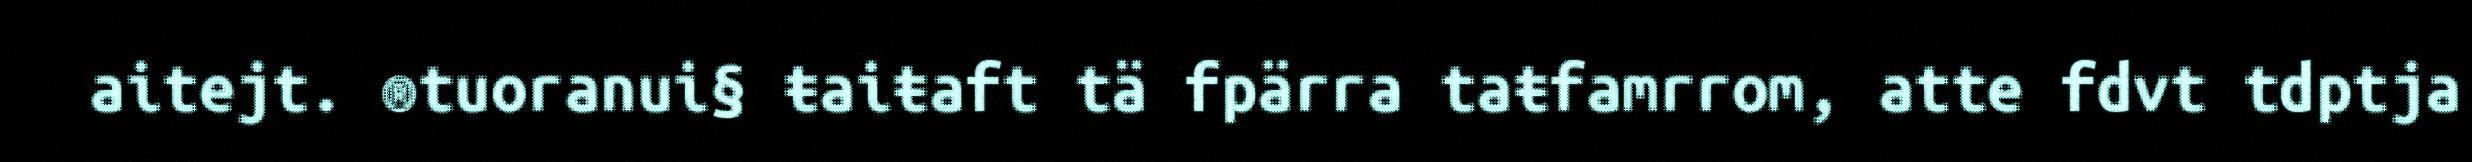
aitejt. ®tuoranui§ ŧaiŧaft tä fpärra taŧfamrrom, atte fdvt tdptja